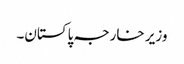
وزیر خارجہ پاکستان۔